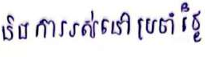
និងការរស់នៅប្រចាំថ្ងៃ